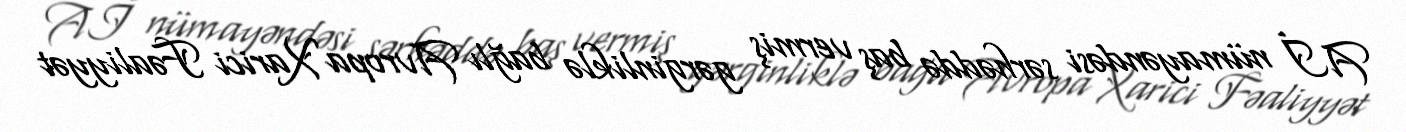
Aİ nümayəndəsi sərhəddə baş vermiş gərginliklə bağlı Avropa Xarici Fəaliyyət